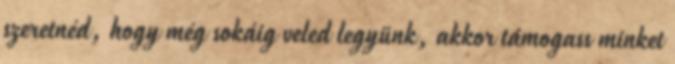
szeretnéd, hogy még sokáig veled legyünk, akkor támogass minket